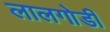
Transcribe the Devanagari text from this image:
लालगोडी